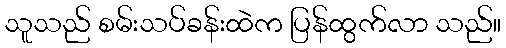
သူသည် စမ်းသပ်ခန်းထဲက ပြန်ထွက်လာ သည်။